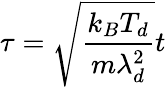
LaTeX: \tau=\sqrt{\frac{k_{B}T_{d}}{m\lambda_{d}^{2}}}t